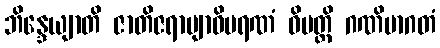
ဘိန္ဒေယျာတိ ဇာတိဇရာဗျာဓိမရဏံ ဝိပတ္တိ ဂဏိမာဂတံ